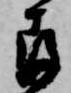
存